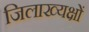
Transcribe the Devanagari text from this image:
जिलाख्यक्षों